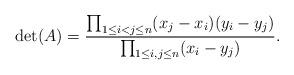
LaTeX: \begin{align*}\det(A)=\frac{\prod_{1\le i<j\le n}(x_j-x_i)(y_i-y_j)}{\prod_{1\le i,j\le n}(x_i-y_j)}.\end{align*}